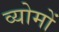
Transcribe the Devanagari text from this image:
व्योमों